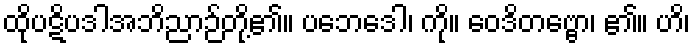
ထိုပဋိပဒါအဘိညာဉ်တို့၏။ ပဘေဒေါ၊ ကို။ ဝေဒိတဗ္ဗော၊ ၏။ ဟိ၊